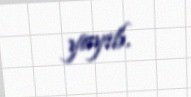
yayıb.